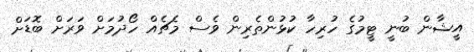
އީޝާން ބުނީ ޓީމުގެ ހުރިހާ ކުޅުންތެރިން ވެސް މެޗެއް ހޯދުމަށް ވަރަށް ބޮޑަށް